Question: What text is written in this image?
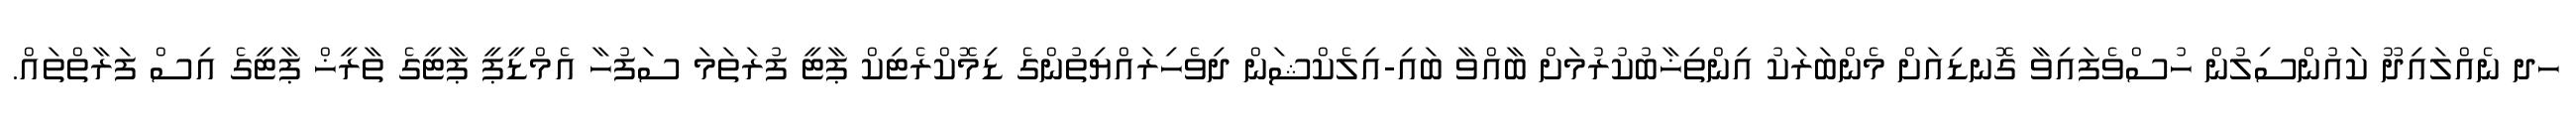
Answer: ހދ ނެއްލައިދޫ ކައުންސިލުން ހުސްވެފައިވާ ގޮނޑިއަށް މެންބަރަކު އިންތިޚާބުކުރުމަށް ބާއްވާ ބައި-އިލެކްޝަން ދިވެހިރައްޔިތުންގެ ޑިމޮކްރެޓިކް ޕާޓީ ފުރަތަމަ ސަފުހާ އެމްޑީޕީ ޕާޓީގެ ތާރީޚް ޕާޓީގެ އިސް ފަރާތްތައް.